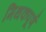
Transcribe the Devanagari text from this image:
मिथकपूर्ण